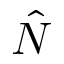
\hat { N }